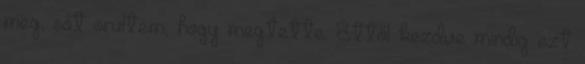
meg, sőt örültem, hogy megtette. Ettől kezdve mindig ezt